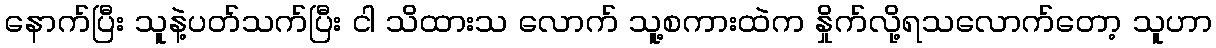
နောက်ပြီး သူနဲ့ပတ်သက်ပြီး ငါ သိထားသ လောက် သူ့စကားထဲက နှိုက်လို့ရသလောက်တော့ သူဟာ